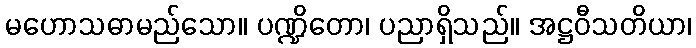
မဟောသဓာမည်သော။ ပဏ္ဍိတော၊ ပညာရှိသည်။ အဋ္ဌဝီသတိယာ၊